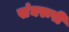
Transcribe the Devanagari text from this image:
संघरूपी